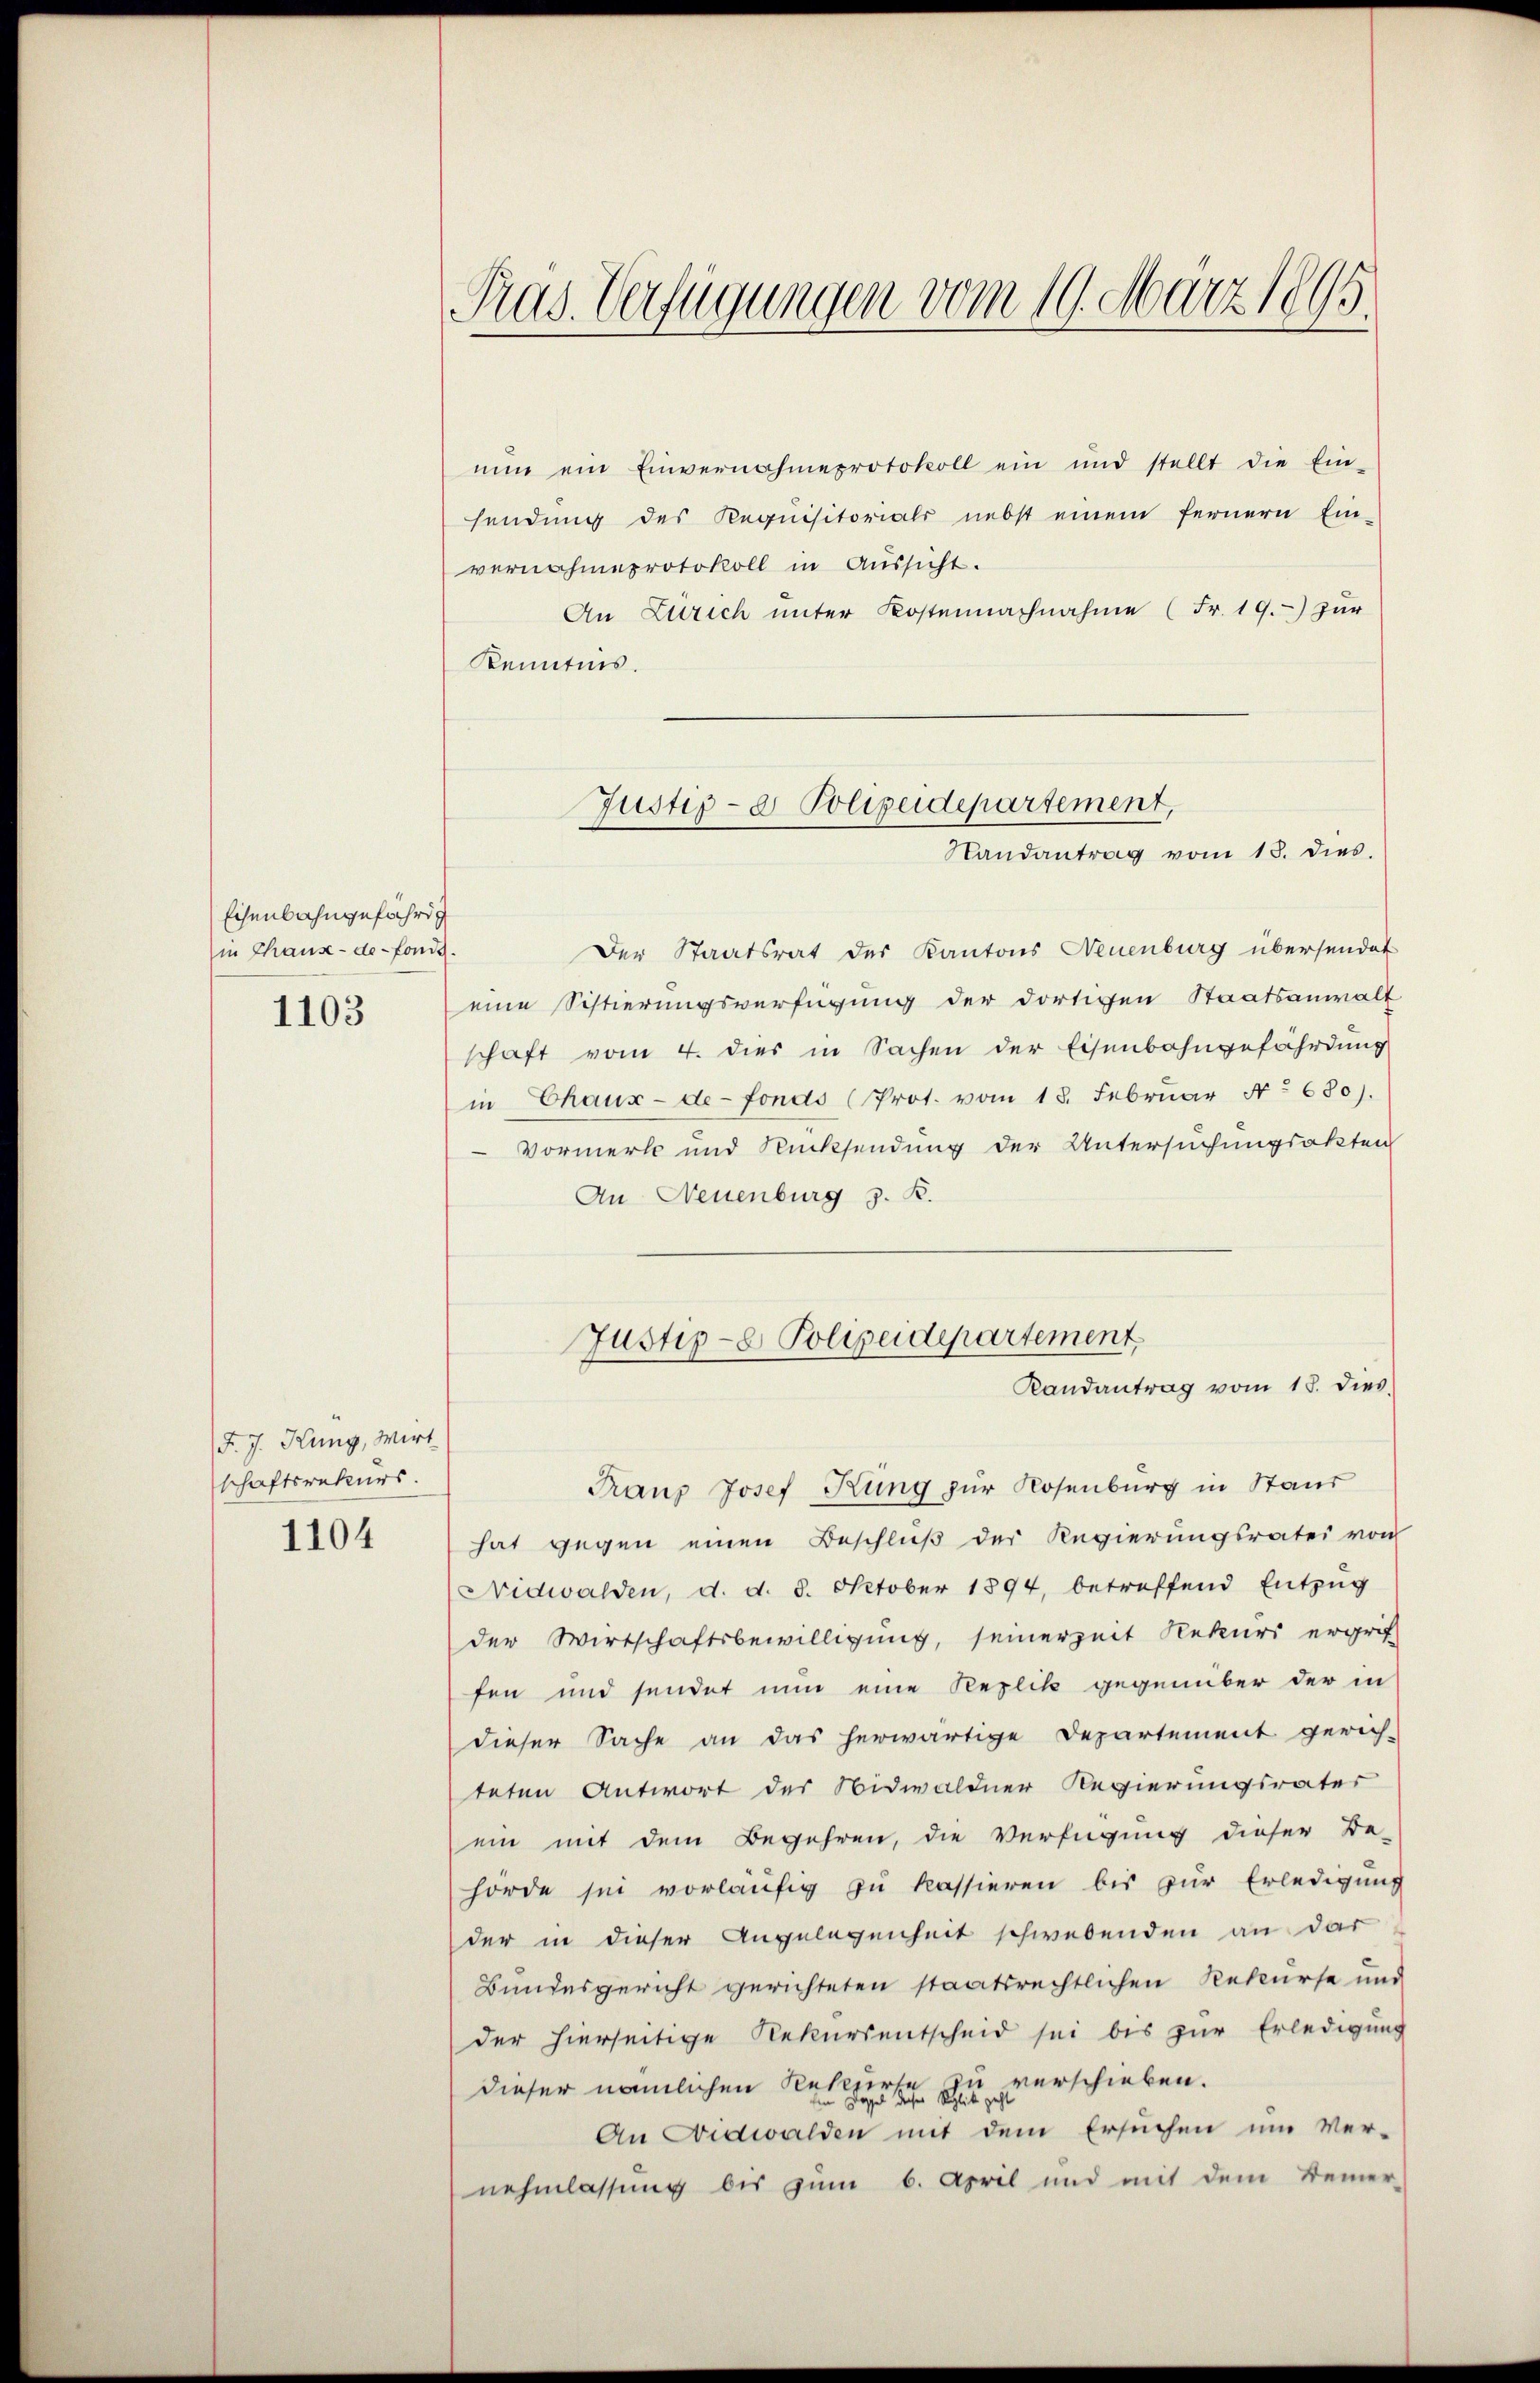
Eisenbahngefährig
in Thaus-de-Fonds.
1103

F. J. Hung, Wirt
schaftsrekurs.
1104

Pras. Verfügungen vom 19. März 1895.

nŭn ein Einvernahmeprotokoll ein und stellt die Ein-
sendung des Requisitorials nebst einem fernern Ein-
vernahmeprotokoll in Aŭssicht.
An Zürich unter Kostennachnahme (Fr. 19.) zur
Kenntnis.
Der Staatsrat des Kantons Neuenburg übersendet
eine Schlierungsverfügung der dortigen Staatsanwalt
schaft vom 4. dies in Sachen der Eisenbahngefährdung
in Chaux-de-Fonds (Prot. vom 18. Februar No 680).
Vormerk und Rücksendung der Untersuchungsakten
An Neuenburg z. B.
Justiz- & Polizeidepartement,
Randantrag vom 18. dies
Franz Josef Kung zur Rosenburg in Stand
hat gegen einen Beschluß der Regierungsratei von
(Nidwalden, d. d. 8. October 1894, betreffend Entzug
der Wirtschaftsbewilligung, seinerzeit Rekurs ergrif
fen und sendet nun eine Replik gegenüber der in
dieser Sache an das herwärtige Departement gerech-
teten Antwort des Nidwaldner Regierungsrater
ein mit dem Begehren, die Verfügung dieser Be-
hörde sei vorläufig zu kassieren bis zur Erledigung
der in dieser Angelegenheit schwebenden an dar
Bundesgericht gerichteten staatsrechtlichen Rekurse und
der hierseitige Rekursentscheid sei bis zur Erledigung
dieser nämlichen Rehlers zu verschieben.
An Nidwalden mit dem Ersuchen um Ver-
nehmlassung bis zum 6. April und mit dem Bemer-

Justiz- & Polizeidepartement,
Randantrag vom 18. dies.